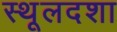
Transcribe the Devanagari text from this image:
स्थूलदशा